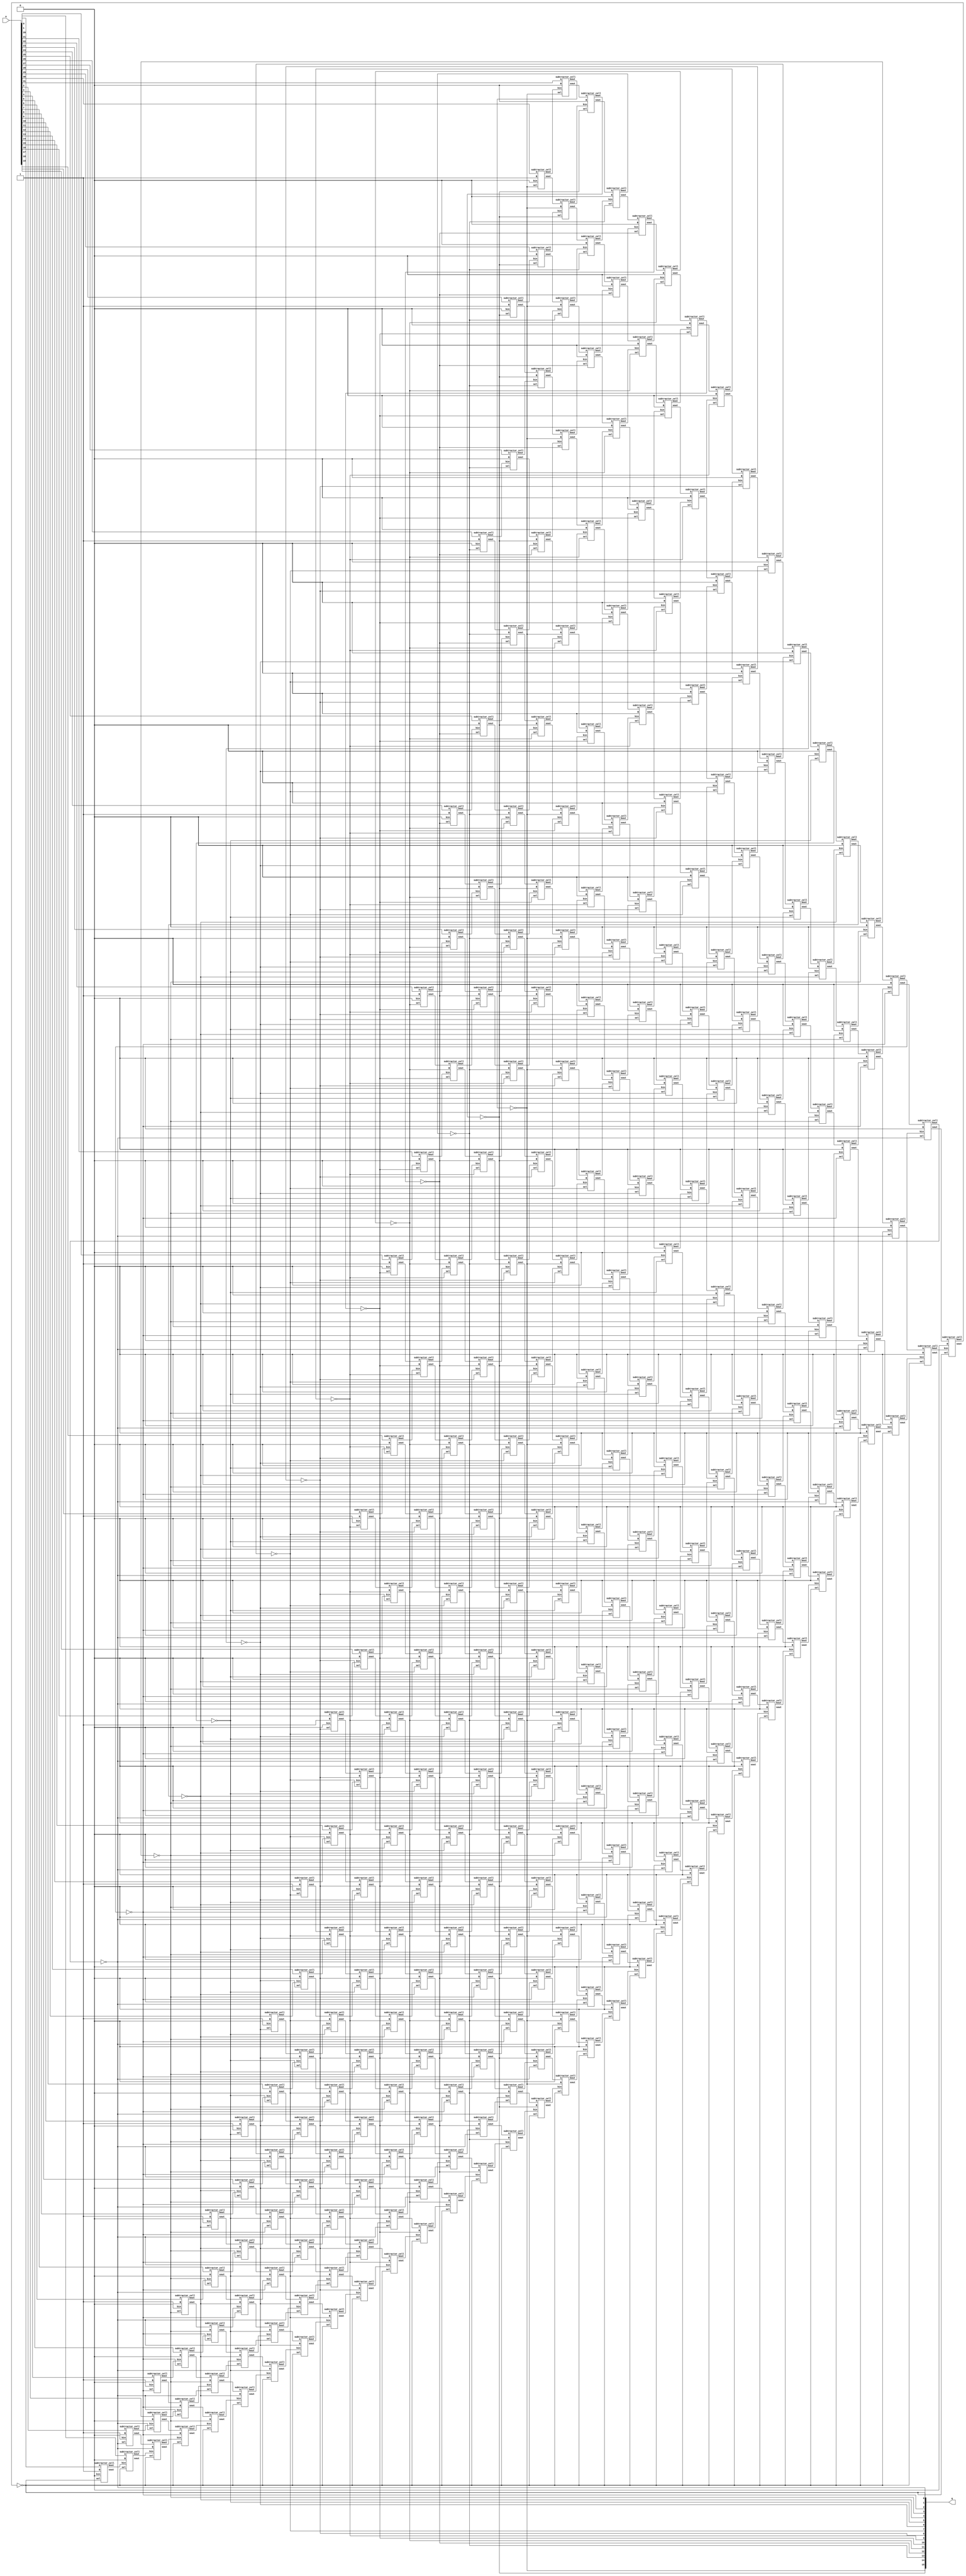
`timescale 1ns / 1ps
//////////////////////////////////////////////////////////////////////////////////
// Company: 
// Engineer: 
// 
// Design Name: 
// Module Name: top_module
// Project Name: 
// Target Devices: 
// Tool Versions: 
// Description: 
// 
// Dependencies: 
// 
// Revision:
// Revision 0.01 - File Created
// Additional Comments:
// 
//////////////////////////////////////////////////////////////////////////////////



module restorin_array(
    a,
    q
    );



input [31:0] a;
output [15:0] q;



wire q15_row_1_sout;
wire q15_row_1_bout;
wire q15_row_2_sout;
wire q15_row_2_bout;


wire q14_row_1_sout;
wire q14_row_1_bout;
wire q14_row_2_sout;
wire q14_row_2_bout;
wire q14_row_3_sout;
wire q14_row_3_bout;
wire q14_row_4_sout;
wire q14_row_4_bout;


wire q13_row_1_sout;
wire q13_row_1_bout;
wire q13_row_2_sout;
wire q13_row_2_bout;
wire q13_row_3_sout;
wire q13_row_3_bout;
wire q13_row_4_sout;
wire q13_row_4_bout;
wire q13_row_5_sout;
wire q13_row_5_bout;
wire q13_row_6_sout;
wire q13_row_6_bout;


wire q12_row_1_sout;
wire q12_row_1_bout;
wire q12_row_2_sout;
wire q12_row_2_bout;
wire q12_row_3_sout;
wire q12_row_3_bout;
wire q12_row_4_sout;
wire q12_row_4_bout;
wire q12_row_5_sout;
wire q12_row_5_bout;
wire q12_row_6_sout;
wire q12_row_6_bout;
wire q12_row_7_sout;
wire q12_row_7_bout;
wire q12_row_8_sout;
wire q12_row_8_bout;


wire q11_row_1_sout;
wire q11_row_1_bout;
wire q11_row_2_sout;
wire q11_row_2_bout;
wire q11_row_3_sout;
wire q11_row_3_bout;
wire q11_row_4_sout;
wire q11_row_4_bout;
wire q11_row_5_sout;
wire q11_row_5_bout;
wire q11_row_6_sout;
wire q11_row_6_bout;
wire q11_row_7_sout;
wire q11_row_7_bout;
wire q11_row_8_sout;
wire q11_row_8_bout;
wire q11_row_9_sout;
wire q11_row_9_bout;
wire q11_row_10_sout;
wire q11_row_10_bout;


wire q10_row_1_sout;
wire q10_row_1_bout;
wire q10_row_2_sout;
wire q10_row_2_bout;
wire q10_row_3_sout;
wire q10_row_3_bout;
wire q10_row_4_sout;
wire q10_row_4_bout;
wire q10_row_5_sout;
wire q10_row_5_bout;
wire q10_row_6_sout;
wire q10_row_6_bout;
wire q10_row_7_sout;
wire q10_row_7_bout;
wire q10_row_8_sout;
wire q10_row_8_bout;
wire q10_row_9_sout;
wire q10_row_9_bout;
wire q10_row_10_sout;
wire q10_row_10_bout;
wire q10_row_11_sout;
wire q10_row_11_bout;
wire q10_row_12_sout;
wire q10_row_12_bout;


wire q9_row_1_sout;
wire q9_row_1_bout;
wire q9_row_2_sout;
wire q9_row_2_bout;
wire q9_row_3_sout;
wire q9_row_3_bout;
wire q9_row_4_sout;
wire q9_row_4_bout;
wire q9_row_5_sout;
wire q9_row_5_bout;
wire q9_row_6_sout;
wire q9_row_6_bout;
wire q9_row_7_sout;
wire q9_row_7_bout;
wire q9_row_8_sout;
wire q9_row_8_bout;
wire q9_row_9_sout;
wire q9_row_9_bout;
wire q9_row_10_sout;
wire q9_row_10_bout;
wire q9_row_11_sout;
wire q9_row_11_bout;
wire q9_row_12_sout;
wire q9_row_12_bout;
wire q9_row_13_sout;
wire q9_row_13_bout;
wire q9_row_14_sout;
wire q9_row_14_bout;


wire q8_row_1_sout;
wire q8_row_1_bout;
wire q8_row_2_sout;
wire q8_row_2_bout;
wire q8_row_3_sout;
wire q8_row_3_bout;
wire q8_row_4_sout;
wire q8_row_4_bout;
wire q8_row_5_sout;
wire q8_row_5_bout;
wire q8_row_6_sout;
wire q8_row_6_bout;
wire q8_row_7_sout;
wire q8_row_7_bout;
wire q8_row_8_sout;
wire q8_row_8_bout;
wire q8_row_9_sout;
wire q8_row_9_bout;
wire q8_row_10_sout;
wire q8_row_10_bout;
wire q8_row_11_sout;
wire q8_row_11_bout;
wire q8_row_12_sout;
wire q8_row_12_bout;
wire q8_row_13_sout;
wire q8_row_13_bout;
wire q8_row_14_sout;
wire q8_row_14_bout;
wire q8_row_15_sout;
wire q8_row_15_bout;
wire q8_row_16_sout;
wire q8_row_16_bout;


wire q7_row_1_sout;
wire q7_row_1_bout;
wire q7_row_2_sout;
wire q7_row_2_bout;
wire q7_row_3_sout;
wire q7_row_3_bout;
wire q7_row_4_sout;
wire q7_row_4_bout;
wire q7_row_5_sout;
wire q7_row_5_bout;
wire q7_row_6_sout;
wire q7_row_6_bout;
wire q7_row_7_sout;
wire q7_row_7_bout;
wire q7_row_8_sout;
wire q7_row_8_bout;
wire q7_row_9_sout;
wire q7_row_9_bout;
wire q7_row_10_sout;
wire q7_row_10_bout;
wire q7_row_11_sout;
wire q7_row_11_bout;
wire q7_row_12_sout;
wire q7_row_12_bout;
wire q7_row_13_sout;
wire q7_row_13_bout;
wire q7_row_14_sout;
wire q7_row_14_bout;
wire q7_row_15_sout;
wire q7_row_15_bout;
wire q7_row_16_sout;
wire q7_row_16_bout;
wire q7_row_17_sout;
wire q7_row_17_bout;
wire q7_row_18_sout;
wire q7_row_18_bout;


wire q6_row_1_sout;
wire q6_row_1_bout;
wire q6_row_2_sout;
wire q6_row_2_bout;
wire q6_row_3_sout;
wire q6_row_3_bout;
wire q6_row_4_sout;
wire q6_row_4_bout;
wire q6_row_5_sout;
wire q6_row_5_bout;
wire q6_row_6_sout;
wire q6_row_6_bout;
wire q6_row_7_sout;
wire q6_row_7_bout;
wire q6_row_8_sout;
wire q6_row_8_bout;
wire q6_row_9_sout;
wire q6_row_9_bout;
wire q6_row_10_sout;
wire q6_row_10_bout;
wire q6_row_11_sout;
wire q6_row_11_bout;
wire q6_row_12_sout;
wire q6_row_12_bout;
wire q6_row_13_sout;
wire q6_row_13_bout;
wire q6_row_14_sout;
wire q6_row_14_bout;
wire q6_row_15_sout;
wire q6_row_15_bout;
wire q6_row_16_sout;
wire q6_row_16_bout;
wire q6_row_17_sout;
wire q6_row_17_bout;
wire q6_row_18_sout;
wire q6_row_18_bout;
wire q6_row_19_sout;
wire q6_row_19_bout;
wire q6_row_20_sout;
wire q6_row_20_bout;


wire q5_row_1_sout;
wire q5_row_1_bout;
wire q5_row_2_sout;
wire q5_row_2_bout;
wire q5_row_3_sout;
wire q5_row_3_bout;
wire q5_row_4_sout;
wire q5_row_4_bout;
wire q5_row_5_sout;
wire q5_row_5_bout;
wire q5_row_6_sout;
wire q5_row_6_bout;
wire q5_row_7_sout;
wire q5_row_7_bout;
wire q5_row_8_sout;
wire q5_row_8_bout;
wire q5_row_9_sout;
wire q5_row_9_bout;
wire q5_row_10_sout;
wire q5_row_10_bout;
wire q5_row_11_sout;
wire q5_row_11_bout;
wire q5_row_12_sout;
wire q5_row_12_bout;
wire q5_row_13_sout;
wire q5_row_13_bout;
wire q5_row_14_sout;
wire q5_row_14_bout;
wire q5_row_15_sout;
wire q5_row_15_bout;
wire q5_row_16_sout;
wire q5_row_16_bout;
wire q5_row_17_sout;
wire q5_row_17_bout;
wire q5_row_18_sout;
wire q5_row_18_bout;
wire q5_row_19_sout;
wire q5_row_19_bout;
wire q5_row_20_sout;
wire q5_row_20_bout;
wire q5_row_21_sout;
wire q5_row_21_bout;
wire q5_row_22_sout;
wire q5_row_22_bout;


wire q4_row_1_sout;
wire q4_row_1_bout;
wire q4_row_2_sout;
wire q4_row_2_bout;
wire q4_row_3_sout;
wire q4_row_3_bout;
wire q4_row_4_sout;
wire q4_row_4_bout;
wire q4_row_5_sout;
wire q4_row_5_bout;
wire q4_row_6_sout;
wire q4_row_6_bout;
wire q4_row_7_sout;
wire q4_row_7_bout;
wire q4_row_8_sout;
wire q4_row_8_bout;
wire q4_row_9_sout;
wire q4_row_9_bout;
wire q4_row_10_sout;
wire q4_row_10_bout;
wire q4_row_11_sout;
wire q4_row_11_bout;
wire q4_row_12_sout;
wire q4_row_12_bout;
wire q4_row_13_sout;
wire q4_row_13_bout;
wire q4_row_14_sout;
wire q4_row_14_bout;
wire q4_row_15_sout;
wire q4_row_15_bout;
wire q4_row_16_sout;
wire q4_row_16_bout;
wire q4_row_17_sout;
wire q4_row_17_bout;
wire q4_row_18_sout;
wire q4_row_18_bout;
wire q4_row_19_sout;
wire q4_row_19_bout;
wire q4_row_20_sout;
wire q4_row_20_bout;
wire q4_row_21_sout;
wire q4_row_21_bout;
wire q4_row_22_sout;
wire q4_row_22_bout;
wire q4_row_23_sout;
wire q4_row_23_bout;
wire q4_row_24_sout;
wire q4_row_24_bout;


wire q3_row_1_sout;
wire q3_row_1_bout;
wire q3_row_2_sout;
wire q3_row_2_bout;
wire q3_row_3_sout;
wire q3_row_3_bout;
wire q3_row_4_sout;
wire q3_row_4_bout;
wire q3_row_5_sout;
wire q3_row_5_bout;
wire q3_row_6_sout;
wire q3_row_6_bout;
wire q3_row_7_sout;
wire q3_row_7_bout;
wire q3_row_8_sout;
wire q3_row_8_bout;
wire q3_row_9_sout;
wire q3_row_9_bout;
wire q3_row_10_sout;
wire q3_row_10_bout;
wire q3_row_11_sout;
wire q3_row_11_bout;
wire q3_row_12_sout;
wire q3_row_12_bout;
wire q3_row_13_sout;
wire q3_row_13_bout;
wire q3_row_14_sout;
wire q3_row_14_bout;
wire q3_row_15_sout;
wire q3_row_15_bout;
wire q3_row_16_sout;
wire q3_row_16_bout;
wire q3_row_17_sout;
wire q3_row_17_bout;
wire q3_row_18_sout;
wire q3_row_18_bout;
wire q3_row_19_sout;
wire q3_row_19_bout;
wire q3_row_20_sout;
wire q3_row_20_bout;
wire q3_row_21_sout;
wire q3_row_21_bout;
wire q3_row_22_sout;
wire q3_row_22_bout;
wire q3_row_23_sout;
wire q3_row_23_bout;
wire q3_row_24_sout;
wire q3_row_24_bout;
wire q3_row_25_sout;
wire q3_row_25_bout;
wire q3_row_26_sout;
wire q3_row_26_bout;


wire q2_row_1_sout;
wire q2_row_1_bout;
wire q2_row_2_sout;
wire q2_row_2_bout;
wire q2_row_3_sout;
wire q2_row_3_bout;
wire q2_row_4_sout;
wire q2_row_4_bout;
wire q2_row_5_sout;
wire q2_row_5_bout;
wire q2_row_6_sout;
wire q2_row_6_bout;
wire q2_row_7_sout;
wire q2_row_7_bout;
wire q2_row_8_sout;
wire q2_row_8_bout;
wire q2_row_9_sout;
wire q2_row_9_bout;
wire q2_row_10_sout;
wire q2_row_10_bout;
wire q2_row_11_sout;
wire q2_row_11_bout;
wire q2_row_12_sout;
wire q2_row_12_bout;
wire q2_row_13_sout;
wire q2_row_13_bout;
wire q2_row_14_sout;
wire q2_row_14_bout;
wire q2_row_15_sout;
wire q2_row_15_bout;
wire q2_row_16_sout;
wire q2_row_16_bout;
wire q2_row_17_sout;
wire q2_row_17_bout;
wire q2_row_18_sout;
wire q2_row_18_bout;
wire q2_row_19_sout;
wire q2_row_19_bout;
wire q2_row_20_sout;
wire q2_row_20_bout;
wire q2_row_21_sout;
wire q2_row_21_bout;
wire q2_row_22_sout;
wire q2_row_22_bout;
wire q2_row_23_sout;
wire q2_row_23_bout;
wire q2_row_24_sout;
wire q2_row_24_bout;
wire q2_row_25_sout;
wire q2_row_25_bout;
wire q2_row_26_sout;
wire q2_row_26_bout;
wire q2_row_27_sout;
wire q2_row_27_bout;
wire q2_row_28_sout;
wire q2_row_28_bout;


wire q1_row_1_sout;
wire q1_row_1_bout;
wire q1_row_2_sout;
wire q1_row_2_bout;
wire q1_row_3_sout;
wire q1_row_3_bout;
wire q1_row_4_sout;
wire q1_row_4_bout;
wire q1_row_5_sout;
wire q1_row_5_bout;
wire q1_row_6_sout;
wire q1_row_6_bout;
wire q1_row_7_sout;
wire q1_row_7_bout;
wire q1_row_8_sout;
wire q1_row_8_bout;
wire q1_row_9_sout;
wire q1_row_9_bout;
wire q1_row_10_sout;
wire q1_row_10_bout;
wire q1_row_11_sout;
wire q1_row_11_bout;
wire q1_row_12_sout;
wire q1_row_12_bout;
wire q1_row_13_sout;
wire q1_row_13_bout;
wire q1_row_14_sout;
wire q1_row_14_bout;
wire q1_row_15_sout;
wire q1_row_15_bout;
wire q1_row_16_sout;
wire q1_row_16_bout;
wire q1_row_17_sout;
wire q1_row_17_bout;
wire q1_row_18_sout;
wire q1_row_18_bout;
wire q1_row_19_sout;
wire q1_row_19_bout;
wire q1_row_20_sout;
wire q1_row_20_bout;
wire q1_row_21_sout;
wire q1_row_21_bout;
wire q1_row_22_sout;
wire q1_row_22_bout;
wire q1_row_23_sout;
wire q1_row_23_bout;
wire q1_row_24_sout;
wire q1_row_24_bout;
wire q1_row_25_sout;
wire q1_row_25_bout;
wire q1_row_26_sout;
wire q1_row_26_bout;
wire q1_row_27_sout;
wire q1_row_27_bout;
wire q1_row_28_sout;
wire q1_row_28_bout;
wire q1_row_29_sout;
wire q1_row_29_bout;
wire q1_row_30_sout;
wire q1_row_30_bout;


wire q0_row_1_sout;
wire q0_row_1_bout;
wire q0_row_2_sout;
wire q0_row_2_bout;
wire q0_row_3_sout;
wire q0_row_3_bout;
wire q0_row_4_sout;
wire q0_row_4_bout;
wire q0_row_5_sout;
wire q0_row_5_bout;
wire q0_row_6_sout;
wire q0_row_6_bout;
wire q0_row_7_sout;
wire q0_row_7_bout;
wire q0_row_8_sout;
wire q0_row_8_bout;
wire q0_row_9_sout;
wire q0_row_9_bout;
wire q0_row_10_sout;
wire q0_row_10_bout;
wire q0_row_11_sout;
wire q0_row_11_bout;
wire q0_row_12_sout;
wire q0_row_12_bout;
wire q0_row_13_sout;
wire q0_row_13_bout;
wire q0_row_14_sout;
wire q0_row_14_bout;
wire q0_row_15_sout;
wire q0_row_15_bout;
wire q0_row_16_sout;
wire q0_row_16_bout;
wire q0_row_17_sout;
wire q0_row_17_bout;
wire q0_row_18_sout;
wire q0_row_18_bout;
wire q0_row_19_sout;
wire q0_row_19_bout;
wire q0_row_20_sout;
wire q0_row_20_bout;
wire q0_row_21_sout;
wire q0_row_21_bout;
wire q0_row_22_sout;
wire q0_row_22_bout;
wire q0_row_23_sout;
wire q0_row_23_bout;
wire q0_row_24_sout;
wire q0_row_24_bout;
wire q0_row_25_sout;
wire q0_row_25_bout;
wire q0_row_26_sout;
wire q0_row_26_bout;
wire q0_row_27_sout;
wire q0_row_27_bout;
wire q0_row_28_sout;
wire q0_row_28_bout;
wire q0_row_29_sout;
wire q0_row_29_bout;
wire q0_row_30_sout;
wire q0_row_30_bout;
wire q0_row_31_sout;
wire q0_row_31_bout;
wire q0_row_32_sout;
wire q0_row_32_bout;





not not_q15 (q[15], q15_row_2_bout);
not not_q14 (q[14], q14_row_4_bout);
not not_q13 (q[13], q13_row_6_bout);
not not_q12 (q[12], q12_row_8_bout);
not not_q11 (q[11], q11_row_10_bout);
not not_q10 (q[10], q10_row_12_bout);
not not_q9 (q[9], q9_row_14_bout);
not not_q8 (q[8], q8_row_16_bout);
not not_q7 (q[7], q7_row_18_bout);
not not_q6 (q[6], q6_row_20_bout);
not not_q5 (q[5], q5_row_22_bout);
not not_q4 (q[4], q4_row_24_bout);
not not_q3 (q[3], q3_row_26_bout);
not not_q2 (q[2], q2_row_28_bout);
not not_q1 (q[1], q1_row_30_bout);
not not_q0 (q[0], q0_row_32_bout);



subtractor_cell q15_row_1(a[30], 1'b1, 1'b0, q[15], q15_row_1_sout, q15_row_1_bout);
subtractor_cell q15_row_2(a[31], 1'b0, q15_row_1_bout, q[15], q15_row_2_sout, q15_row_2_bout);



subtractor_cell q14_row_1(a[28], 1'b1, 1'b0, q[14], q14_row_1_sout, q14_row_1_bout);
subtractor_cell q14_row_2(a[29], 1'b0, q14_row_1_bout, q[14], q14_row_2_sout, q14_row_2_bout);
subtractor_cell q14_row_3(q15_row_1_sout, q[15], q14_row_2_bout, q[14], q14_row_3_sout, q14_row_3_bout);
subtractor_cell q14_row_4(q15_row_2_sout, 1'b0, q14_row_3_bout, q[14], q14_row_4_sout, q14_row_4_bout);



subtractor_cell q13_row_1(a[26], 1'b1, 1'b0, q[13], q13_row_1_sout, q13_row_1_bout);
subtractor_cell q13_row_2(a[27], 1'b0, q13_row_1_bout, q[13], q13_row_2_sout, q13_row_2_bout);
subtractor_cell q13_row_3(q14_row_1_sout, q[14], q13_row_2_bout, q[13], q13_row_3_sout, q13_row_3_bout);
subtractor_cell q13_row_4(q14_row_2_sout, q[15], q13_row_3_bout, q[13], q13_row_4_sout, q13_row_4_bout);
subtractor_cell q13_row_5(q14_row_3_sout, 1'b0, q13_row_4_bout, q[13], q13_row_5_sout, q13_row_5_bout);
subtractor_cell q13_row_6(q14_row_4_sout, 1'b0, q13_row_5_bout, q[13], q13_row_6_sout, q13_row_6_bout);



subtractor_cell q12_row_1(a[24], 1'b1, 1'b0, q[12], q12_row_1_sout, q12_row_1_bout);
subtractor_cell q12_row_2(a[25], 1'b0, q12_row_1_bout, q[12], q12_row_2_sout, q12_row_2_bout);
subtractor_cell q12_row_3(q13_row_1_sout, q[13], q12_row_2_bout, q[12], q12_row_3_sout, q12_row_3_bout);
subtractor_cell q12_row_4(q13_row_2_sout, q[14], q12_row_3_bout, q[12], q12_row_4_sout, q12_row_4_bout);
subtractor_cell q12_row_5(q13_row_3_sout, q[15], q12_row_4_bout, q[12], q12_row_5_sout, q12_row_5_bout);
subtractor_cell q12_row_6(q13_row_4_sout, 1'b0, q12_row_5_bout, q[12], q12_row_6_sout, q12_row_6_bout);
subtractor_cell q12_row_7(q13_row_5_sout, 1'b0, q12_row_6_bout, q[12], q12_row_7_sout, q12_row_7_bout);
subtractor_cell q12_row_8(q13_row_6_sout, 1'b0, q12_row_7_bout, q[12], q12_row_8_sout, q12_row_8_bout);



subtractor_cell q11_row_1(a[22], 1'b1, 1'b0, q[11], q11_row_1_sout, q11_row_1_bout);
subtractor_cell q11_row_2(a[23], 1'b0, q11_row_1_bout, q[11], q11_row_2_sout, q11_row_2_bout);
subtractor_cell q11_row_3(q12_row_1_sout, q[12], q11_row_2_bout, q[11], q11_row_3_sout, q11_row_3_bout);
subtractor_cell q11_row_4(q12_row_2_sout, q[13], q11_row_3_bout, q[11], q11_row_4_sout, q11_row_4_bout);
subtractor_cell q11_row_5(q12_row_3_sout, q[14], q11_row_4_bout, q[11], q11_row_5_sout, q11_row_5_bout);
subtractor_cell q11_row_6(q12_row_4_sout, q[15], q11_row_5_bout, q[11], q11_row_6_sout, q11_row_6_bout);
subtractor_cell q11_row_7(q12_row_5_sout, 1'b0, q11_row_6_bout, q[11], q11_row_7_sout, q11_row_7_bout);
subtractor_cell q11_row_8(q12_row_6_sout, 1'b0, q11_row_7_bout, q[11], q11_row_8_sout, q11_row_8_bout);
subtractor_cell q11_row_9(q12_row_7_sout, 1'b0, q11_row_8_bout, q[11], q11_row_9_sout, q11_row_9_bout);
subtractor_cell q11_row_10(q12_row_8_sout, 1'b0, q11_row_9_bout, q[11], q11_row_10_sout, q11_row_10_bout);



subtractor_cell q10_row_1(a[20], 1'b1, 1'b0, q[10], q10_row_1_sout, q10_row_1_bout);
subtractor_cell q10_row_2(a[21], 1'b0, q10_row_1_bout, q[10], q10_row_2_sout, q10_row_2_bout);
subtractor_cell q10_row_3(q11_row_1_sout, q[11], q10_row_2_bout, q[10], q10_row_3_sout, q10_row_3_bout);
subtractor_cell q10_row_4(q11_row_2_sout, q[12], q10_row_3_bout, q[10], q10_row_4_sout, q10_row_4_bout);
subtractor_cell q10_row_5(q11_row_3_sout, q[13], q10_row_4_bout, q[10], q10_row_5_sout, q10_row_5_bout);
subtractor_cell q10_row_6(q11_row_4_sout, q[14], q10_row_5_bout, q[10], q10_row_6_sout, q10_row_6_bout);
subtractor_cell q10_row_7(q11_row_5_sout, q[15], q10_row_6_bout, q[10], q10_row_7_sout, q10_row_7_bout);
subtractor_cell q10_row_8(q11_row_6_sout, 1'b0, q10_row_7_bout, q[10], q10_row_8_sout, q10_row_8_bout);
subtractor_cell q10_row_9(q11_row_7_sout, 1'b0, q10_row_8_bout, q[10], q10_row_9_sout, q10_row_9_bout);
subtractor_cell q10_row_10(q11_row_8_sout, 1'b0, q10_row_9_bout, q[10], q10_row_10_sout, q10_row_10_bout);
subtractor_cell q10_row_11(q11_row_9_sout, 1'b0, q10_row_10_bout, q[10], q10_row_11_sout, q10_row_11_bout);
subtractor_cell q10_row_12(q11_row_10_sout, 1'b0, q10_row_11_bout, q[10], q10_row_12_sout, q10_row_12_bout);



subtractor_cell q9_row_1(a[18], 1'b1, 1'b0, q[9], q9_row_1_sout, q9_row_1_bout);
subtractor_cell q9_row_2(a[19], 1'b0, q9_row_1_bout, q[9], q9_row_2_sout, q9_row_2_bout);
subtractor_cell q9_row_3(q10_row_1_sout, q[10], q9_row_2_bout, q[9], q9_row_3_sout, q9_row_3_bout);
subtractor_cell q9_row_4(q10_row_2_sout, q[11], q9_row_3_bout, q[9], q9_row_4_sout, q9_row_4_bout);
subtractor_cell q9_row_5(q10_row_3_sout, q[12], q9_row_4_bout, q[9], q9_row_5_sout, q9_row_5_bout);
subtractor_cell q9_row_6(q10_row_4_sout, q[13], q9_row_5_bout, q[9], q9_row_6_sout, q9_row_6_bout);
subtractor_cell q9_row_7(q10_row_5_sout, q[14], q9_row_6_bout, q[9], q9_row_7_sout, q9_row_7_bout);
subtractor_cell q9_row_8(q10_row_6_sout, q[15], q9_row_7_bout, q[9], q9_row_8_sout, q9_row_8_bout);
subtractor_cell q9_row_9(q10_row_7_sout, 1'b0, q9_row_8_bout, q[9], q9_row_9_sout, q9_row_9_bout);
subtractor_cell q9_row_10(q10_row_8_sout, 1'b0, q9_row_9_bout, q[9], q9_row_10_sout, q9_row_10_bout);
subtractor_cell q9_row_11(q10_row_9_sout, 1'b0, q9_row_10_bout, q[9], q9_row_11_sout, q9_row_11_bout);
subtractor_cell q9_row_12(q10_row_10_sout, 1'b0, q9_row_11_bout, q[9], q9_row_12_sout, q9_row_12_bout);
subtractor_cell q9_row_13(q10_row_11_sout, 1'b0, q9_row_12_bout, q[9], q9_row_13_sout, q9_row_13_bout);
subtractor_cell q9_row_14(q10_row_12_sout, 1'b0, q9_row_13_bout, q[9], q9_row_14_sout, q9_row_14_bout);



subtractor_cell q8_row_1(a[16], 1'b1, 1'b0, q[8], q8_row_1_sout, q8_row_1_bout);
subtractor_cell q8_row_2(a[17], 1'b0, q8_row_1_bout, q[8], q8_row_2_sout, q8_row_2_bout);
subtractor_cell q8_row_3(q9_row_1_sout, q[9], q8_row_2_bout, q[8], q8_row_3_sout, q8_row_3_bout);
subtractor_cell q8_row_4(q9_row_2_sout, q[10], q8_row_3_bout, q[8], q8_row_4_sout, q8_row_4_bout);
subtractor_cell q8_row_5(q9_row_3_sout, q[11], q8_row_4_bout, q[8], q8_row_5_sout, q8_row_5_bout);
subtractor_cell q8_row_6(q9_row_4_sout, q[12], q8_row_5_bout, q[8], q8_row_6_sout, q8_row_6_bout);
subtractor_cell q8_row_7(q9_row_5_sout, q[13], q8_row_6_bout, q[8], q8_row_7_sout, q8_row_7_bout);
subtractor_cell q8_row_8(q9_row_6_sout, q[14], q8_row_7_bout, q[8], q8_row_8_sout, q8_row_8_bout);
subtractor_cell q8_row_9(q9_row_7_sout, q[15], q8_row_8_bout, q[8], q8_row_9_sout, q8_row_9_bout);
subtractor_cell q8_row_10(q9_row_8_sout, 1'b0, q8_row_9_bout, q[8], q8_row_10_sout, q8_row_10_bout);
subtractor_cell q8_row_11(q9_row_9_sout, 1'b0, q8_row_10_bout, q[8], q8_row_11_sout, q8_row_11_bout);
subtractor_cell q8_row_12(q9_row_10_sout, 1'b0, q8_row_11_bout, q[8], q8_row_12_sout, q8_row_12_bout);
subtractor_cell q8_row_13(q9_row_11_sout, 1'b0, q8_row_12_bout, q[8], q8_row_13_sout, q8_row_13_bout);
subtractor_cell q8_row_14(q9_row_12_sout, 1'b0, q8_row_13_bout, q[8], q8_row_14_sout, q8_row_14_bout);
subtractor_cell q8_row_15(q9_row_13_sout, 1'b0, q8_row_14_bout, q[8], q8_row_15_sout, q8_row_15_bout);
subtractor_cell q8_row_16(q9_row_14_sout, 1'b0, q8_row_15_bout, q[8], q8_row_16_sout, q8_row_16_bout);



subtractor_cell q7_row_1(a[14], 1'b1, 1'b0, q[7], q7_row_1_sout, q7_row_1_bout);
subtractor_cell q7_row_2(a[15], 1'b0, q7_row_1_bout, q[7], q7_row_2_sout, q7_row_2_bout);
subtractor_cell q7_row_3(q8_row_1_sout, q[8], q7_row_2_bout, q[7], q7_row_3_sout, q7_row_3_bout);
subtractor_cell q7_row_4(q8_row_2_sout, q[9], q7_row_3_bout, q[7], q7_row_4_sout, q7_row_4_bout);
subtractor_cell q7_row_5(q8_row_3_sout, q[10], q7_row_4_bout, q[7], q7_row_5_sout, q7_row_5_bout);
subtractor_cell q7_row_6(q8_row_4_sout, q[11], q7_row_5_bout, q[7], q7_row_6_sout, q7_row_6_bout);
subtractor_cell q7_row_7(q8_row_5_sout, q[12], q7_row_6_bout, q[7], q7_row_7_sout, q7_row_7_bout);
subtractor_cell q7_row_8(q8_row_6_sout, q[13], q7_row_7_bout, q[7], q7_row_8_sout, q7_row_8_bout);
subtractor_cell q7_row_9(q8_row_7_sout, q[14], q7_row_8_bout, q[7], q7_row_9_sout, q7_row_9_bout);
subtractor_cell q7_row_10(q8_row_8_sout, q[15], q7_row_9_bout, q[7], q7_row_10_sout, q7_row_10_bout);
subtractor_cell q7_row_11(q8_row_9_sout, 1'b0, q7_row_10_bout, q[7], q7_row_11_sout, q7_row_11_bout);
subtractor_cell q7_row_12(q8_row_10_sout, 1'b0, q7_row_11_bout, q[7], q7_row_12_sout, q7_row_12_bout);
subtractor_cell q7_row_13(q8_row_11_sout, 1'b0, q7_row_12_bout, q[7], q7_row_13_sout, q7_row_13_bout);
subtractor_cell q7_row_14(q8_row_12_sout, 1'b0, q7_row_13_bout, q[7], q7_row_14_sout, q7_row_14_bout);
subtractor_cell q7_row_15(q8_row_13_sout, 1'b0, q7_row_14_bout, q[7], q7_row_15_sout, q7_row_15_bout);
subtractor_cell q7_row_16(q8_row_14_sout, 1'b0, q7_row_15_bout, q[7], q7_row_16_sout, q7_row_16_bout);
subtractor_cell q7_row_17(q8_row_15_sout, 1'b0, q7_row_16_bout, q[7], q7_row_17_sout, q7_row_17_bout);
subtractor_cell q7_row_18(q8_row_16_sout, 1'b0, q7_row_17_bout, q[7], q7_row_18_sout, q7_row_18_bout);



subtractor_cell q6_row_1(a[12], 1'b1, 1'b0, q[6], q6_row_1_sout, q6_row_1_bout);
subtractor_cell q6_row_2(a[13], 1'b0, q6_row_1_bout, q[6], q6_row_2_sout, q6_row_2_bout);
subtractor_cell q6_row_3(q7_row_1_sout, q[7], q6_row_2_bout, q[6], q6_row_3_sout, q6_row_3_bout);
subtractor_cell q6_row_4(q7_row_2_sout, q[8], q6_row_3_bout, q[6], q6_row_4_sout, q6_row_4_bout);
subtractor_cell q6_row_5(q7_row_3_sout, q[9], q6_row_4_bout, q[6], q6_row_5_sout, q6_row_5_bout);
subtractor_cell q6_row_6(q7_row_4_sout, q[10], q6_row_5_bout, q[6], q6_row_6_sout, q6_row_6_bout);
subtractor_cell q6_row_7(q7_row_5_sout, q[11], q6_row_6_bout, q[6], q6_row_7_sout, q6_row_7_bout);
subtractor_cell q6_row_8(q7_row_6_sout, q[12], q6_row_7_bout, q[6], q6_row_8_sout, q6_row_8_bout);
subtractor_cell q6_row_9(q7_row_7_sout, q[13], q6_row_8_bout, q[6], q6_row_9_sout, q6_row_9_bout);
subtractor_cell q6_row_10(q7_row_8_sout, q[14], q6_row_9_bout, q[6], q6_row_10_sout, q6_row_10_bout);
subtractor_cell q6_row_11(q7_row_9_sout, q[15], q6_row_10_bout, q[6], q6_row_11_sout, q6_row_11_bout);
subtractor_cell q6_row_12(q7_row_10_sout, 1'b0, q6_row_11_bout, q[6], q6_row_12_sout, q6_row_12_bout);
subtractor_cell q6_row_13(q7_row_11_sout, 1'b0, q6_row_12_bout, q[6], q6_row_13_sout, q6_row_13_bout);
subtractor_cell q6_row_14(q7_row_12_sout, 1'b0, q6_row_13_bout, q[6], q6_row_14_sout, q6_row_14_bout);
subtractor_cell q6_row_15(q7_row_13_sout, 1'b0, q6_row_14_bout, q[6], q6_row_15_sout, q6_row_15_bout);
subtractor_cell q6_row_16(q7_row_14_sout, 1'b0, q6_row_15_bout, q[6], q6_row_16_sout, q6_row_16_bout);
subtractor_cell q6_row_17(q7_row_15_sout, 1'b0, q6_row_16_bout, q[6], q6_row_17_sout, q6_row_17_bout);
subtractor_cell q6_row_18(q7_row_16_sout, 1'b0, q6_row_17_bout, q[6], q6_row_18_sout, q6_row_18_bout);
subtractor_cell q6_row_19(q7_row_17_sout, 1'b0, q6_row_18_bout, q[6], q6_row_19_sout, q6_row_19_bout);
subtractor_cell q6_row_20(q7_row_18_sout, 1'b0, q6_row_19_bout, q[6], q6_row_20_sout, q6_row_20_bout);



subtractor_cell q5_row_1(a[10], 1'b1, 1'b0, q[5], q5_row_1_sout, q5_row_1_bout);
subtractor_cell q5_row_2(a[11], 1'b0, q5_row_1_bout, q[5], q5_row_2_sout, q5_row_2_bout);
subtractor_cell q5_row_3(q6_row_1_sout, q[6], q5_row_2_bout, q[5], q5_row_3_sout, q5_row_3_bout);
subtractor_cell q5_row_4(q6_row_2_sout, q[7], q5_row_3_bout, q[5], q5_row_4_sout, q5_row_4_bout);
subtractor_cell q5_row_5(q6_row_3_sout, q[8], q5_row_4_bout, q[5], q5_row_5_sout, q5_row_5_bout);
subtractor_cell q5_row_6(q6_row_4_sout, q[9], q5_row_5_bout, q[5], q5_row_6_sout, q5_row_6_bout);
subtractor_cell q5_row_7(q6_row_5_sout, q[10], q5_row_6_bout, q[5], q5_row_7_sout, q5_row_7_bout);
subtractor_cell q5_row_8(q6_row_6_sout, q[11], q5_row_7_bout, q[5], q5_row_8_sout, q5_row_8_bout);
subtractor_cell q5_row_9(q6_row_7_sout, q[12], q5_row_8_bout, q[5], q5_row_9_sout, q5_row_9_bout);
subtractor_cell q5_row_10(q6_row_8_sout, q[13], q5_row_9_bout, q[5], q5_row_10_sout, q5_row_10_bout);
subtractor_cell q5_row_11(q6_row_9_sout, q[14], q5_row_10_bout, q[5], q5_row_11_sout, q5_row_11_bout);
subtractor_cell q5_row_12(q6_row_10_sout, q[15], q5_row_11_bout, q[5], q5_row_12_sout, q5_row_12_bout);
subtractor_cell q5_row_13(q6_row_11_sout, 1'b0, q5_row_12_bout, q[5], q5_row_13_sout, q5_row_13_bout);
subtractor_cell q5_row_14(q6_row_12_sout, 1'b0, q5_row_13_bout, q[5], q5_row_14_sout, q5_row_14_bout);
subtractor_cell q5_row_15(q6_row_13_sout, 1'b0, q5_row_14_bout, q[5], q5_row_15_sout, q5_row_15_bout);
subtractor_cell q5_row_16(q6_row_14_sout, 1'b0, q5_row_15_bout, q[5], q5_row_16_sout, q5_row_16_bout);
subtractor_cell q5_row_17(q6_row_15_sout, 1'b0, q5_row_16_bout, q[5], q5_row_17_sout, q5_row_17_bout);
subtractor_cell q5_row_18(q6_row_16_sout, 1'b0, q5_row_17_bout, q[5], q5_row_18_sout, q5_row_18_bout);
subtractor_cell q5_row_19(q6_row_17_sout, 1'b0, q5_row_18_bout, q[5], q5_row_19_sout, q5_row_19_bout);
subtractor_cell q5_row_20(q6_row_18_sout, 1'b0, q5_row_19_bout, q[5], q5_row_20_sout, q5_row_20_bout);
subtractor_cell q5_row_21(q6_row_19_sout, 1'b0, q5_row_20_bout, q[5], q5_row_21_sout, q5_row_21_bout);
subtractor_cell q5_row_22(q6_row_20_sout, 1'b0, q5_row_21_bout, q[5], q5_row_22_sout, q5_row_22_bout);



subtractor_cell q4_row_1(a[8], 1'b1, 1'b0, q[4], q4_row_1_sout, q4_row_1_bout);
subtractor_cell q4_row_2(a[9], 1'b0, q4_row_1_bout, q[4], q4_row_2_sout, q4_row_2_bout);
subtractor_cell q4_row_3(q5_row_1_sout, q[5], q4_row_2_bout, q[4], q4_row_3_sout, q4_row_3_bout);
subtractor_cell q4_row_4(q5_row_2_sout, q[6], q4_row_3_bout, q[4], q4_row_4_sout, q4_row_4_bout);
subtractor_cell q4_row_5(q5_row_3_sout, q[7], q4_row_4_bout, q[4], q4_row_5_sout, q4_row_5_bout);
subtractor_cell q4_row_6(q5_row_4_sout, q[8], q4_row_5_bout, q[4], q4_row_6_sout, q4_row_6_bout);
subtractor_cell q4_row_7(q5_row_5_sout, q[9], q4_row_6_bout, q[4], q4_row_7_sout, q4_row_7_bout);
subtractor_cell q4_row_8(q5_row_6_sout, q[10], q4_row_7_bout, q[4], q4_row_8_sout, q4_row_8_bout);
subtractor_cell q4_row_9(q5_row_7_sout, q[11], q4_row_8_bout, q[4], q4_row_9_sout, q4_row_9_bout);
subtractor_cell q4_row_10(q5_row_8_sout, q[12], q4_row_9_bout, q[4], q4_row_10_sout, q4_row_10_bout);
subtractor_cell q4_row_11(q5_row_9_sout, q[13], q4_row_10_bout, q[4], q4_row_11_sout, q4_row_11_bout);
subtractor_cell q4_row_12(q5_row_10_sout, q[14], q4_row_11_bout, q[4], q4_row_12_sout, q4_row_12_bout);
subtractor_cell q4_row_13(q5_row_11_sout, q[15], q4_row_12_bout, q[4], q4_row_13_sout, q4_row_13_bout);
subtractor_cell q4_row_14(q5_row_12_sout, 1'b0, q4_row_13_bout, q[4], q4_row_14_sout, q4_row_14_bout);
subtractor_cell q4_row_15(q5_row_13_sout, 1'b0, q4_row_14_bout, q[4], q4_row_15_sout, q4_row_15_bout);
subtractor_cell q4_row_16(q5_row_14_sout, 1'b0, q4_row_15_bout, q[4], q4_row_16_sout, q4_row_16_bout);
subtractor_cell q4_row_17(q5_row_15_sout, 1'b0, q4_row_16_bout, q[4], q4_row_17_sout, q4_row_17_bout);
subtractor_cell q4_row_18(q5_row_16_sout, 1'b0, q4_row_17_bout, q[4], q4_row_18_sout, q4_row_18_bout);
subtractor_cell q4_row_19(q5_row_17_sout, 1'b0, q4_row_18_bout, q[4], q4_row_19_sout, q4_row_19_bout);
subtractor_cell q4_row_20(q5_row_18_sout, 1'b0, q4_row_19_bout, q[4], q4_row_20_sout, q4_row_20_bout);
subtractor_cell q4_row_21(q5_row_19_sout, 1'b0, q4_row_20_bout, q[4], q4_row_21_sout, q4_row_21_bout);
subtractor_cell q4_row_22(q5_row_20_sout, 1'b0, q4_row_21_bout, q[4], q4_row_22_sout, q4_row_22_bout);
subtractor_cell q4_row_23(q5_row_21_sout, 1'b0, q4_row_22_bout, q[4], q4_row_23_sout, q4_row_23_bout);
subtractor_cell q4_row_24(q5_row_22_sout, 1'b0, q4_row_23_bout, q[4], q4_row_24_sout, q4_row_24_bout);



subtractor_cell q3_row_1(a[6], 1'b1, 1'b0, q[3], q3_row_1_sout, q3_row_1_bout);
subtractor_cell q3_row_2(a[7], 1'b0, q3_row_1_bout, q[3], q3_row_2_sout, q3_row_2_bout);
subtractor_cell q3_row_3(q4_row_1_sout, q[4], q3_row_2_bout, q[3], q3_row_3_sout, q3_row_3_bout);
subtractor_cell q3_row_4(q4_row_2_sout, q[5], q3_row_3_bout, q[3], q3_row_4_sout, q3_row_4_bout);
subtractor_cell q3_row_5(q4_row_3_sout, q[6], q3_row_4_bout, q[3], q3_row_5_sout, q3_row_5_bout);
subtractor_cell q3_row_6(q4_row_4_sout, q[7], q3_row_5_bout, q[3], q3_row_6_sout, q3_row_6_bout);
subtractor_cell q3_row_7(q4_row_5_sout, q[8], q3_row_6_bout, q[3], q3_row_7_sout, q3_row_7_bout);
subtractor_cell q3_row_8(q4_row_6_sout, q[9], q3_row_7_bout, q[3], q3_row_8_sout, q3_row_8_bout);
subtractor_cell q3_row_9(q4_row_7_sout, q[10], q3_row_8_bout, q[3], q3_row_9_sout, q3_row_9_bout);
subtractor_cell q3_row_10(q4_row_8_sout, q[11], q3_row_9_bout, q[3], q3_row_10_sout, q3_row_10_bout);
subtractor_cell q3_row_11(q4_row_9_sout, q[12], q3_row_10_bout, q[3], q3_row_11_sout, q3_row_11_bout);
subtractor_cell q3_row_12(q4_row_10_sout, q[13], q3_row_11_bout, q[3], q3_row_12_sout, q3_row_12_bout);
subtractor_cell q3_row_13(q4_row_11_sout, q[14], q3_row_12_bout, q[3], q3_row_13_sout, q3_row_13_bout);
subtractor_cell q3_row_14(q4_row_12_sout, q[15], q3_row_13_bout, q[3], q3_row_14_sout, q3_row_14_bout);
subtractor_cell q3_row_15(q4_row_13_sout, 1'b0, q3_row_14_bout, q[3], q3_row_15_sout, q3_row_15_bout);
subtractor_cell q3_row_16(q4_row_14_sout, 1'b0, q3_row_15_bout, q[3], q3_row_16_sout, q3_row_16_bout);
subtractor_cell q3_row_17(q4_row_15_sout, 1'b0, q3_row_16_bout, q[3], q3_row_17_sout, q3_row_17_bout);
subtractor_cell q3_row_18(q4_row_16_sout, 1'b0, q3_row_17_bout, q[3], q3_row_18_sout, q3_row_18_bout);
subtractor_cell q3_row_19(q4_row_17_sout, 1'b0, q3_row_18_bout, q[3], q3_row_19_sout, q3_row_19_bout);
subtractor_cell q3_row_20(q4_row_18_sout, 1'b0, q3_row_19_bout, q[3], q3_row_20_sout, q3_row_20_bout);
subtractor_cell q3_row_21(q4_row_19_sout, 1'b0, q3_row_20_bout, q[3], q3_row_21_sout, q3_row_21_bout);
subtractor_cell q3_row_22(q4_row_20_sout, 1'b0, q3_row_21_bout, q[3], q3_row_22_sout, q3_row_22_bout);
subtractor_cell q3_row_23(q4_row_21_sout, 1'b0, q3_row_22_bout, q[3], q3_row_23_sout, q3_row_23_bout);
subtractor_cell q3_row_24(q4_row_22_sout, 1'b0, q3_row_23_bout, q[3], q3_row_24_sout, q3_row_24_bout);
subtractor_cell q3_row_25(q4_row_23_sout, 1'b0, q3_row_24_bout, q[3], q3_row_25_sout, q3_row_25_bout);
subtractor_cell q3_row_26(q4_row_24_sout, 1'b0, q3_row_25_bout, q[3], q3_row_26_sout, q3_row_26_bout);



subtractor_cell q2_row_1(a[4], 1'b1, 1'b0, q[2], q2_row_1_sout, q2_row_1_bout);
subtractor_cell q2_row_2(a[5], 1'b0, q2_row_1_bout, q[2], q2_row_2_sout, q2_row_2_bout);
subtractor_cell q2_row_3(q3_row_1_sout, q[3], q2_row_2_bout, q[2], q2_row_3_sout, q2_row_3_bout);
subtractor_cell q2_row_4(q3_row_2_sout, q[4], q2_row_3_bout, q[2], q2_row_4_sout, q2_row_4_bout);
subtractor_cell q2_row_5(q3_row_3_sout, q[5], q2_row_4_bout, q[2], q2_row_5_sout, q2_row_5_bout);
subtractor_cell q2_row_6(q3_row_4_sout, q[6], q2_row_5_bout, q[2], q2_row_6_sout, q2_row_6_bout);
subtractor_cell q2_row_7(q3_row_5_sout, q[7], q2_row_6_bout, q[2], q2_row_7_sout, q2_row_7_bout);
subtractor_cell q2_row_8(q3_row_6_sout, q[8], q2_row_7_bout, q[2], q2_row_8_sout, q2_row_8_bout);
subtractor_cell q2_row_9(q3_row_7_sout, q[9], q2_row_8_bout, q[2], q2_row_9_sout, q2_row_9_bout);
subtractor_cell q2_row_10(q3_row_8_sout, q[10], q2_row_9_bout, q[2], q2_row_10_sout, q2_row_10_bout);
subtractor_cell q2_row_11(q3_row_9_sout, q[11], q2_row_10_bout, q[2], q2_row_11_sout, q2_row_11_bout);
subtractor_cell q2_row_12(q3_row_10_sout, q[12], q2_row_11_bout, q[2], q2_row_12_sout, q2_row_12_bout);
subtractor_cell q2_row_13(q3_row_11_sout, q[13], q2_row_12_bout, q[2], q2_row_13_sout, q2_row_13_bout);
subtractor_cell q2_row_14(q3_row_12_sout, q[14], q2_row_13_bout, q[2], q2_row_14_sout, q2_row_14_bout);
subtractor_cell q2_row_15(q3_row_13_sout, q[15], q2_row_14_bout, q[2], q2_row_15_sout, q2_row_15_bout);
subtractor_cell q2_row_16(q3_row_14_sout, 1'b0, q2_row_15_bout, q[2], q2_row_16_sout, q2_row_16_bout);
subtractor_cell q2_row_17(q3_row_15_sout, 1'b0, q2_row_16_bout, q[2], q2_row_17_sout, q2_row_17_bout);
subtractor_cell q2_row_18(q3_row_16_sout, 1'b0, q2_row_17_bout, q[2], q2_row_18_sout, q2_row_18_bout);
subtractor_cell q2_row_19(q3_row_17_sout, 1'b0, q2_row_18_bout, q[2], q2_row_19_sout, q2_row_19_bout);
subtractor_cell q2_row_20(q3_row_18_sout, 1'b0, q2_row_19_bout, q[2], q2_row_20_sout, q2_row_20_bout);
subtractor_cell q2_row_21(q3_row_19_sout, 1'b0, q2_row_20_bout, q[2], q2_row_21_sout, q2_row_21_bout);
subtractor_cell q2_row_22(q3_row_20_sout, 1'b0, q2_row_21_bout, q[2], q2_row_22_sout, q2_row_22_bout);
subtractor_cell q2_row_23(q3_row_21_sout, 1'b0, q2_row_22_bout, q[2], q2_row_23_sout, q2_row_23_bout);
subtractor_cell q2_row_24(q3_row_22_sout, 1'b0, q2_row_23_bout, q[2], q2_row_24_sout, q2_row_24_bout);
subtractor_cell q2_row_25(q3_row_23_sout, 1'b0, q2_row_24_bout, q[2], q2_row_25_sout, q2_row_25_bout);
subtractor_cell q2_row_26(q3_row_24_sout, 1'b0, q2_row_25_bout, q[2], q2_row_26_sout, q2_row_26_bout);
subtractor_cell q2_row_27(q3_row_25_sout, 1'b0, q2_row_26_bout, q[2], q2_row_27_sout, q2_row_27_bout);
subtractor_cell q2_row_28(q3_row_26_sout, 1'b0, q2_row_27_bout, q[2], q2_row_28_sout, q2_row_28_bout);



subtractor_cell q1_row_1(a[2], 1'b1, 1'b0, q[1], q1_row_1_sout, q1_row_1_bout);
subtractor_cell q1_row_2(a[3], 1'b0, q1_row_1_bout, q[1], q1_row_2_sout, q1_row_2_bout);
subtractor_cell q1_row_3(q2_row_1_sout, q[2], q1_row_2_bout, q[1], q1_row_3_sout, q1_row_3_bout);
subtractor_cell q1_row_4(q2_row_2_sout, q[3], q1_row_3_bout, q[1], q1_row_4_sout, q1_row_4_bout);
subtractor_cell q1_row_5(q2_row_3_sout, q[4], q1_row_4_bout, q[1], q1_row_5_sout, q1_row_5_bout);
subtractor_cell q1_row_6(q2_row_4_sout, q[5], q1_row_5_bout, q[1], q1_row_6_sout, q1_row_6_bout);
subtractor_cell q1_row_7(q2_row_5_sout, q[6], q1_row_6_bout, q[1], q1_row_7_sout, q1_row_7_bout);
subtractor_cell q1_row_8(q2_row_6_sout, q[7], q1_row_7_bout, q[1], q1_row_8_sout, q1_row_8_bout);
subtractor_cell q1_row_9(q2_row_7_sout, q[8], q1_row_8_bout, q[1], q1_row_9_sout, q1_row_9_bout);
subtractor_cell q1_row_10(q2_row_8_sout, q[9], q1_row_9_bout, q[1], q1_row_10_sout, q1_row_10_bout);
subtractor_cell q1_row_11(q2_row_9_sout, q[10], q1_row_10_bout, q[1], q1_row_11_sout, q1_row_11_bout);
subtractor_cell q1_row_12(q2_row_10_sout, q[11], q1_row_11_bout, q[1], q1_row_12_sout, q1_row_12_bout);
subtractor_cell q1_row_13(q2_row_11_sout, q[12], q1_row_12_bout, q[1], q1_row_13_sout, q1_row_13_bout);
subtractor_cell q1_row_14(q2_row_12_sout, q[13], q1_row_13_bout, q[1], q1_row_14_sout, q1_row_14_bout);
subtractor_cell q1_row_15(q2_row_13_sout, q[14], q1_row_14_bout, q[1], q1_row_15_sout, q1_row_15_bout);
subtractor_cell q1_row_16(q2_row_14_sout, q[15], q1_row_15_bout, q[1], q1_row_16_sout, q1_row_16_bout);
subtractor_cell q1_row_17(q2_row_15_sout, 1'b0, q1_row_16_bout, q[1], q1_row_17_sout, q1_row_17_bout);
subtractor_cell q1_row_18(q2_row_16_sout, 1'b0, q1_row_17_bout, q[1], q1_row_18_sout, q1_row_18_bout);
subtractor_cell q1_row_19(q2_row_17_sout, 1'b0, q1_row_18_bout, q[1], q1_row_19_sout, q1_row_19_bout);
subtractor_cell q1_row_20(q2_row_18_sout, 1'b0, q1_row_19_bout, q[1], q1_row_20_sout, q1_row_20_bout);
subtractor_cell q1_row_21(q2_row_19_sout, 1'b0, q1_row_20_bout, q[1], q1_row_21_sout, q1_row_21_bout);
subtractor_cell q1_row_22(q2_row_20_sout, 1'b0, q1_row_21_bout, q[1], q1_row_22_sout, q1_row_22_bout);
subtractor_cell q1_row_23(q2_row_21_sout, 1'b0, q1_row_22_bout, q[1], q1_row_23_sout, q1_row_23_bout);
subtractor_cell q1_row_24(q2_row_22_sout, 1'b0, q1_row_23_bout, q[1], q1_row_24_sout, q1_row_24_bout);
subtractor_cell q1_row_25(q2_row_23_sout, 1'b0, q1_row_24_bout, q[1], q1_row_25_sout, q1_row_25_bout);
subtractor_cell q1_row_26(q2_row_24_sout, 1'b0, q1_row_25_bout, q[1], q1_row_26_sout, q1_row_26_bout);
subtractor_cell q1_row_27(q2_row_25_sout, 1'b0, q1_row_26_bout, q[1], q1_row_27_sout, q1_row_27_bout);
subtractor_cell q1_row_28(q2_row_26_sout, 1'b0, q1_row_27_bout, q[1], q1_row_28_sout, q1_row_28_bout);
subtractor_cell q1_row_29(q2_row_27_sout, 1'b0, q1_row_28_bout, q[1], q1_row_29_sout, q1_row_29_bout);
subtractor_cell q1_row_30(q2_row_28_sout, 1'b0, q1_row_29_bout, q[1], q1_row_30_sout, q1_row_30_bout);



subtractor_cell q0_row_1(a[0], 1'b1, 1'b0, q[0], q0_row_1_sout, q0_row_1_bout);
subtractor_cell q0_row_2(a[1], 1'b0, q0_row_1_bout, q[0], q0_row_2_sout, q0_row_2_bout);
subtractor_cell q0_row_3(q1_row_1_sout, q[1], q0_row_2_bout, q[0], q0_row_3_sout, q0_row_3_bout);
subtractor_cell q0_row_4(q1_row_2_sout, q[2], q0_row_3_bout, q[0], q0_row_4_sout, q0_row_4_bout);
subtractor_cell q0_row_5(q1_row_3_sout, q[3], q0_row_4_bout, q[0], q0_row_5_sout, q0_row_5_bout);
subtractor_cell q0_row_6(q1_row_4_sout, q[4], q0_row_5_bout, q[0], q0_row_6_sout, q0_row_6_bout);
subtractor_cell q0_row_7(q1_row_5_sout, q[5], q0_row_6_bout, q[0], q0_row_7_sout, q0_row_7_bout);
subtractor_cell q0_row_8(q1_row_6_sout, q[6], q0_row_7_bout, q[0], q0_row_8_sout, q0_row_8_bout);
subtractor_cell q0_row_9(q1_row_7_sout, q[7], q0_row_8_bout, q[0], q0_row_9_sout, q0_row_9_bout);
subtractor_cell q0_row_10(q1_row_8_sout, q[8], q0_row_9_bout, q[0], q0_row_10_sout, q0_row_10_bout);
subtractor_cell q0_row_11(q1_row_9_sout, q[9], q0_row_10_bout, q[0], q0_row_11_sout, q0_row_11_bout);
subtractor_cell q0_row_12(q1_row_10_sout, q[10], q0_row_11_bout, q[0], q0_row_12_sout, q0_row_12_bout);
subtractor_cell q0_row_13(q1_row_11_sout, q[11], q0_row_12_bout, q[0], q0_row_13_sout, q0_row_13_bout);
subtractor_cell q0_row_14(q1_row_12_sout, q[12], q0_row_13_bout, q[0], q0_row_14_sout, q0_row_14_bout);
subtractor_cell q0_row_15(q1_row_13_sout, q[13], q0_row_14_bout, q[0], q0_row_15_sout, q0_row_15_bout);
subtractor_cell q0_row_16(q1_row_14_sout, q[14], q0_row_15_bout, q[0], q0_row_16_sout, q0_row_16_bout);
subtractor_cell q0_row_17(q1_row_15_sout, q[15], q0_row_16_bout, q[0], q0_row_17_sout, q0_row_17_bout);
subtractor_cell q0_row_18(q1_row_16_sout, 1'b0, q0_row_17_bout, q[0], q0_row_18_sout, q0_row_18_bout);
subtractor_cell q0_row_19(q1_row_17_sout, 1'b0, q0_row_18_bout, q[0], q0_row_19_sout, q0_row_19_bout);
subtractor_cell q0_row_20(q1_row_18_sout, 1'b0, q0_row_19_bout, q[0], q0_row_20_sout, q0_row_20_bout);
subtractor_cell q0_row_21(q1_row_19_sout, 1'b0, q0_row_20_bout, q[0], q0_row_21_sout, q0_row_21_bout);
subtractor_cell q0_row_22(q1_row_20_sout, 1'b0, q0_row_21_bout, q[0], q0_row_22_sout, q0_row_22_bout);
subtractor_cell q0_row_23(q1_row_21_sout, 1'b0, q0_row_22_bout, q[0], q0_row_23_sout, q0_row_23_bout);
subtractor_cell q0_row_24(q1_row_22_sout, 1'b0, q0_row_23_bout, q[0], q0_row_24_sout, q0_row_24_bout);
subtractor_cell q0_row_25(q1_row_23_sout, 1'b0, q0_row_24_bout, q[0], q0_row_25_sout, q0_row_25_bout);
subtractor_cell q0_row_26(q1_row_24_sout, 1'b0, q0_row_25_bout, q[0], q0_row_26_sout, q0_row_26_bout);
subtractor_cell q0_row_27(q1_row_25_sout, 1'b0, q0_row_26_bout, q[0], q0_row_27_sout, q0_row_27_bout);
subtractor_cell q0_row_28(q1_row_26_sout, 1'b0, q0_row_27_bout, q[0], q0_row_28_sout, q0_row_28_bout);
subtractor_cell q0_row_29(q1_row_27_sout, 1'b0, q0_row_28_bout, q[0], q0_row_29_sout, q0_row_29_bout);
subtractor_cell q0_row_30(q1_row_28_sout, 1'b0, q0_row_29_bout, q[0], q0_row_30_sout, q0_row_30_bout);
subtractor_cell q0_row_31(q1_row_29_sout, 1'b0, q0_row_30_bout, q[0], q0_row_31_sout, q0_row_31_bout);
subtractor_cell q0_row_32(q1_row_30_sout, 1'b0, q0_row_31_bout, q[0], q0_row_32_sout, q0_row_32_bout);



endmodule

module subtractor_cell(input A,B,bin,sel, output sout,bout);

wire diff,a1_op,a2_op,o1_op;
assign sout=(sel)?diff:A;

xor x1(diff,A,B,bin);
not n1(A_bar,A);
or o1(o1_op,B,bin);
and a1(a1_op,o1_op,A_bar);
and a2(a2_op,B,bin);
or o2(bout,a1_op,a2_op);

endmodule